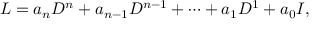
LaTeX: L = a _ { n } D ^ { n } + a _ { n - 1 } D ^ { n - 1 } + \cdots + a _ { 1 } D ^ { 1 } + a _ { 0 } I ,